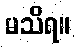
မသိရ။